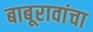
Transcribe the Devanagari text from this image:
बाबूरावांचा